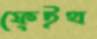
ফেইথ